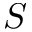
S